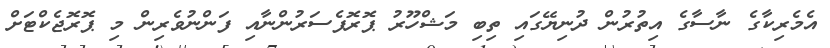
އެމެރިކާގެ ނާސާގެ އިތުރުން ދުނިޔޭގައި ތިބި މަޝްހޫރު ޕޮރޮފެސަރުންނާއި ފަންނުވެރިން މި ޕޮރޮޖެކްޓަށް